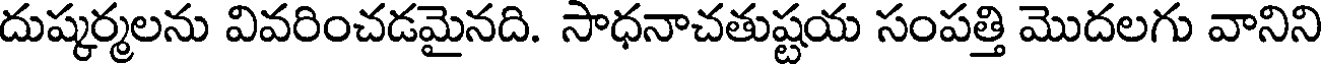
దుష్కర్మలను వివరించడమైనది. సాధనాచతుష్టయ సంపత్తి మొదలగు వానిని